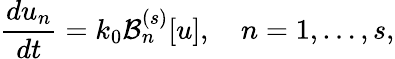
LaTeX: \frac{du_{n}}{dt}=k_{0}\mathcal{B}_{n}^{(s)}[u],\quad n=1,\ldots,s,